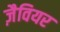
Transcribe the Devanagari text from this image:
ज़ैवियर